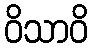
ဝိသာဝိ